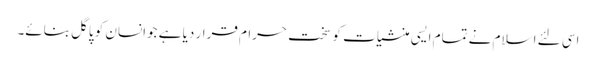
اسی لئے اسلام نے تمام ایسی منشیات کو سخت حرام قرار دیا ہے جوانسان کو پاگل بنائے۔